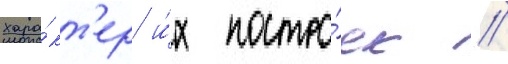
хара́кт'ер и́х постро́ек //